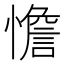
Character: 憺